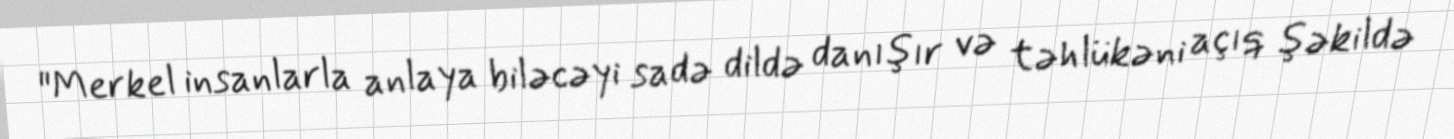
"Merkel insanlarla anlaya biləcəyi sadə dildə danışır və təhlükəni açıq şəkildə